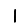
Digit: 1